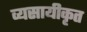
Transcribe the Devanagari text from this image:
व्यसायीकृत